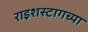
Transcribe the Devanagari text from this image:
राइशस्टागच्या